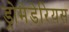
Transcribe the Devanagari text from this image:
ड्रोमेडेरियस